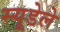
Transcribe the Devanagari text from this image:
स्यूडेले